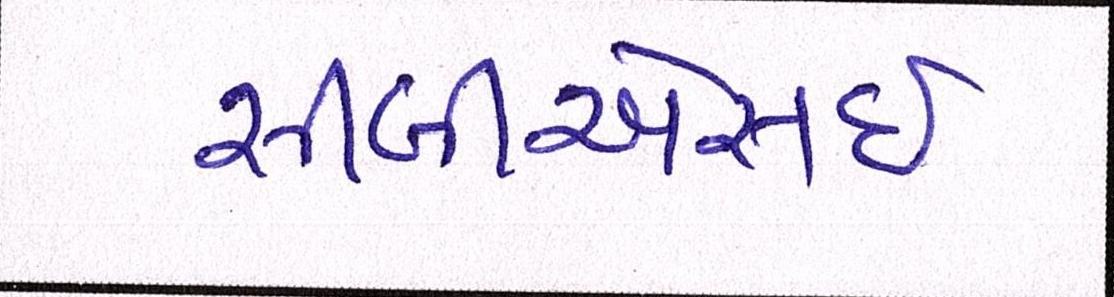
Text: સીબીએસઇ